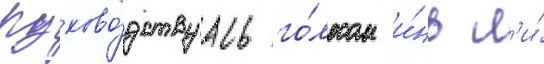
Руково́дствуась го́лосом и́нь л'и́